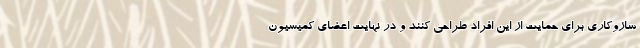
سازوکاری برای حمایت از این افراد طراحی کنند و در نهایت اعضای کمیسیون